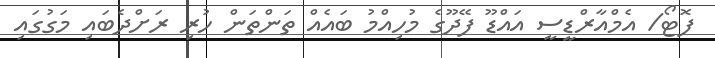
ފޮޓޯ/ އެމްއާރްޑީސީ އައްޑޫ ފޭދޫގެ މުހިއްމު ބައެއް ތަންތަން ހުރި ރަށްދެބައި މަގުގައި